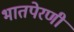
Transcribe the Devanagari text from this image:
भातपेरणी